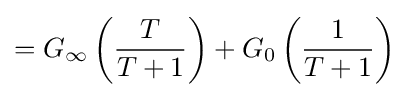
=G_{\infty }\left({\frac {T}{T+1}}\right)+G_{0}\left({\frac {1}{T+1}}\right)\